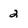
Character: 2